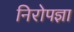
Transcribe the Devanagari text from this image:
निरोपज्ञा